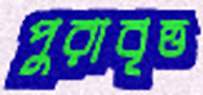
পুরাবৃত্ত